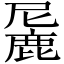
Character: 𬸼